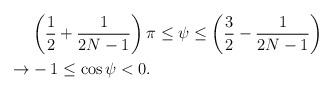
LaTeX: \begin{align*} & \left ( \frac{1}{2}+\frac{1}{2N-1}\right )\pi \leq \psi \leq \left ( \frac{3}{2}-\frac{1}{2N-1}\right ) \\ \rightarrow & -1\leq \cos \psi <0.\end{align*}